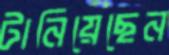
টানিয়েছেন